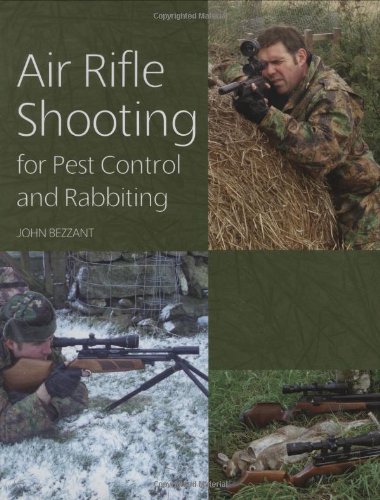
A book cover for Air Rifle Shooting for Pest Control and Rabbiting; John Bezzant; Crafts, Hobbies & Home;